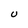
Character: U